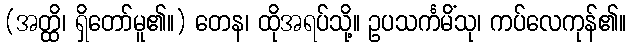
(အတ္ထိ၊ ရှိတော်မူ၏။) တေန၊ ထိုအရပ်သို့။ ဥပသင်္ကမိံသု၊ ကပ်လေကုန်၏။